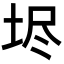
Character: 𡋤